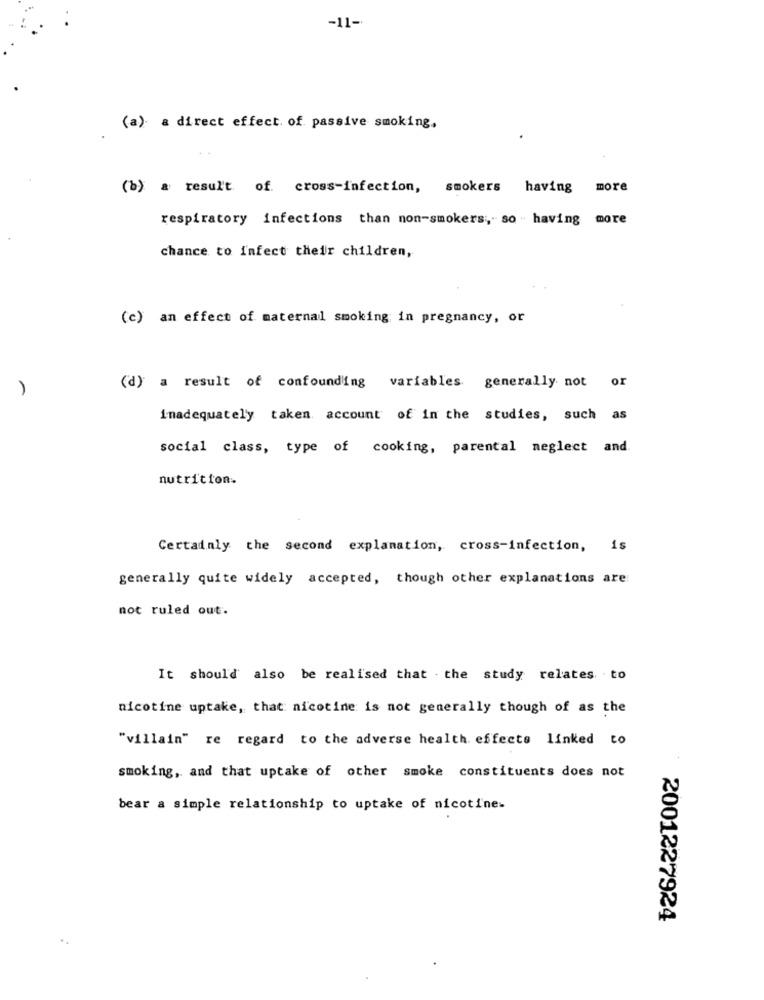
-11-
(a) a direct effect. of passive smoking.
(b) a result of cross-infection, smokers having
more
respiratory infections than non-smokers," so - having more
chance to infect their children,
(c) an effect of maternal smoking in pregnancy, or
(d) a result of confounding variables generally not or
inadequately taken account of in the studies, such as
social class, type of cooking, parental neglect and.
nutrition.
Certainly the second explanation, cross-infection, is
generally quite widely accepted, though other explanations are
not ruled out.
It should also be realised that the study relates to
nicotine uptake, that nicotine is not generally though of as the
"villain" re regard to the adverse health effects linked to
smoking, and that uptake of other smoke constituents does not
bear a simple relationship to uptake of nicotine-
2001227924